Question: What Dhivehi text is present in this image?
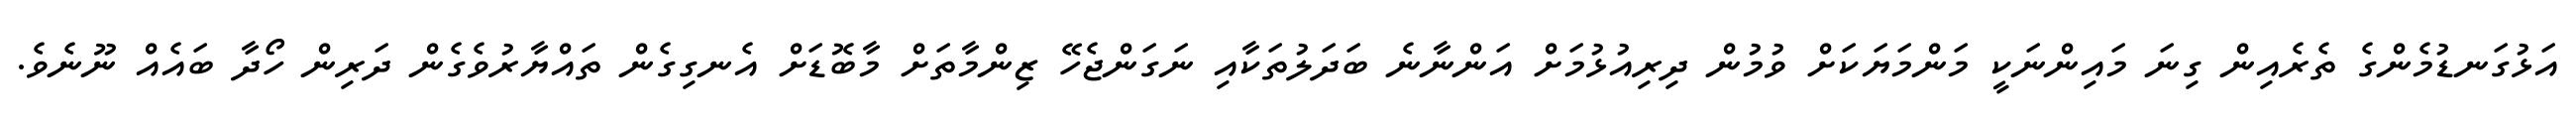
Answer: އަޅުގަނޑުމެންގެ ތެރެއިން ގިނަ މައިންނަކީ މަންމަޔަކަށް ވުމުން ދިރިއުޅުމަށް އަންނާނެ ބަދަލުތަކާއި ނަގަންޖެހޭ ޒިންމާތަށް މާބޮޑަށް އެނގިގެން ތައްޔާރުވެގެން ދަރިން ހޯދާ ބައެއް ނޫނެވެ.